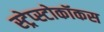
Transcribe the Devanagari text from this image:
स्ट्रेप्स्टोकॉकस